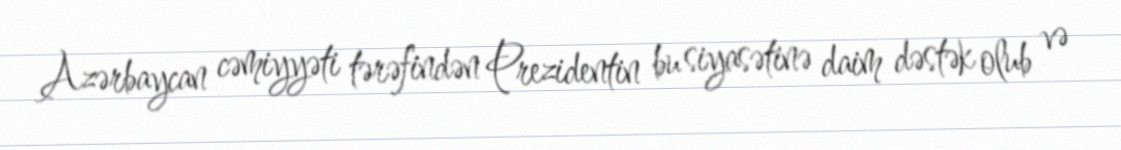
Azərbaycan cəmiyyəti tərəfindən Prezidentin bu siyasətinə daim dəstək olub və